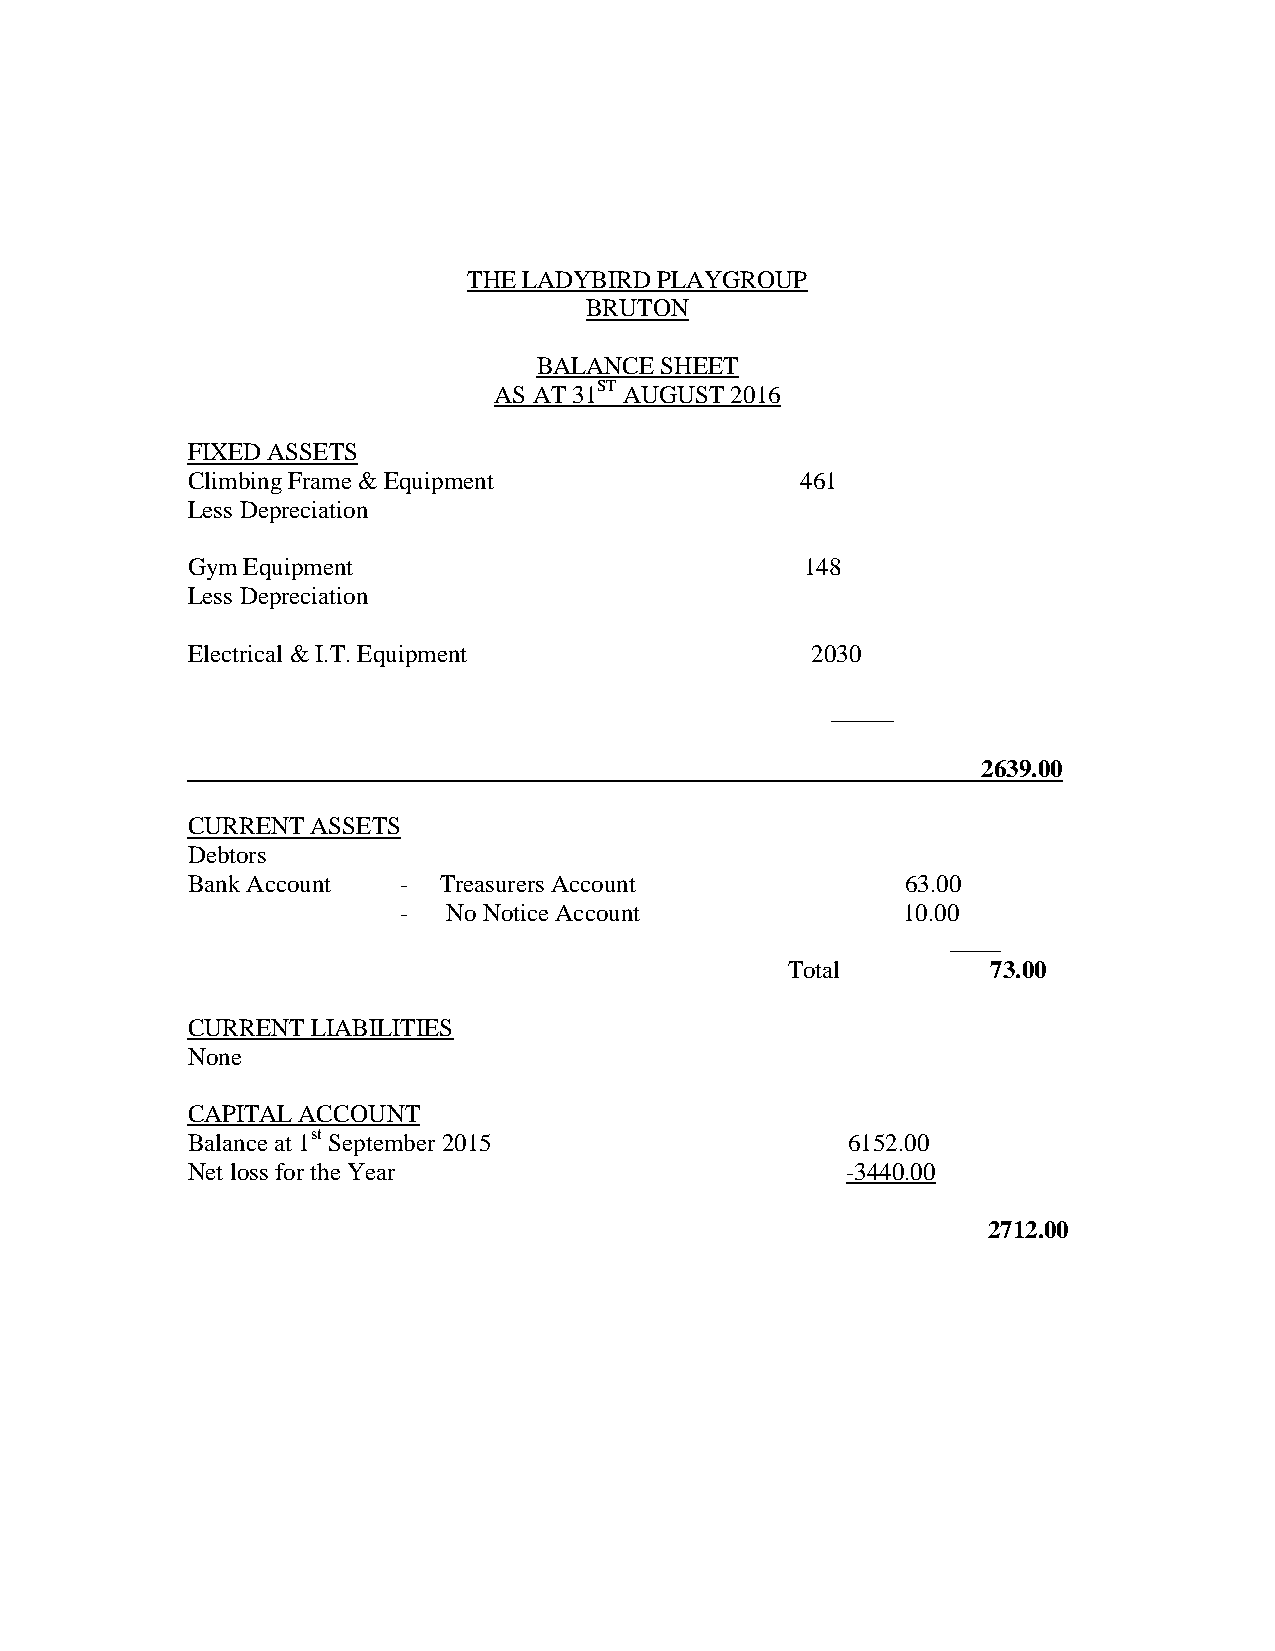
THE LADYBIRD PLAYGROUP
 BRUTON
 BALANCE SHEET
 AS AT 31ST AUGUST 2016
 FIXED ASSETS
 Climbing Frame & Equipment               461
 Less Depreciation
 Gym Equipment                            148
 Less Depreciation
 Electrical & I.T. Equipment               2030
 _____
 2639.00
 CURRENT  ASSETS
 Debtors
 Bank Account  -  Treasurers Account             63.00
 -   No Notice Account             10.00
 ____
 Total         73.00
 CURRENT  LIABILITIES
 None
 CAPITAL ACCOUNT
 Balance at 1st September 2015               6152.00
 Net loss for the Year                       -3440.00
 2712.00